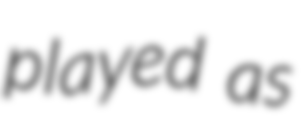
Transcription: played as